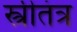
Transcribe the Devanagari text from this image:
स्त्रीतंत्र